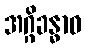
အဂ္ဂိခန္ဓာဝ